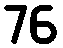
76